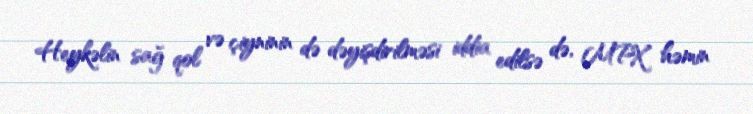
Heykəlin sağ qol və çiyninin də dəyişdirilməsi iddia edilsə də, MPX həmin